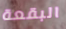
البقعة